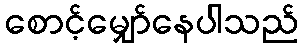
စောင့်မျှော်နေပါသည်